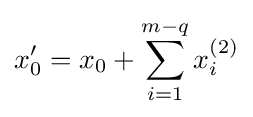
x_{0}^{\prime }=x_{0}+\sum _{i=1}^{m-q}x_{i}^{(2)}